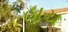
હાય